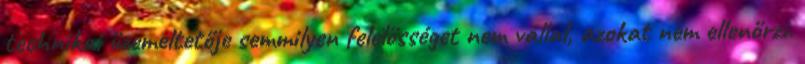
technikai üzemeltetője semmilyen felelősséget nem vállal, azokat nem ellenőrzi.